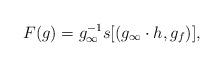
LaTeX: \begin{align*}F(g) = g_\infty^{-1} s[(g_\infty \cdot h, g_f)],\end{align*}